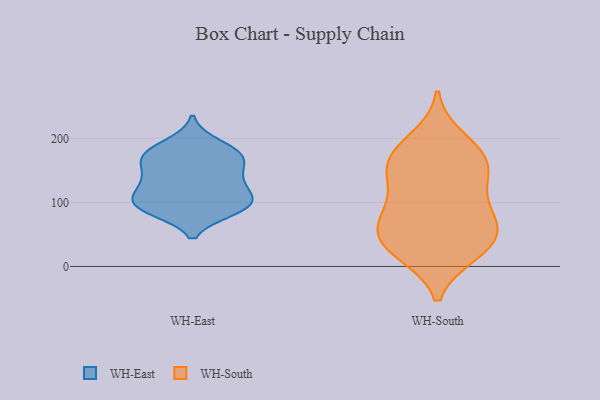
{"axis": {"x": "Market Share (%)", "y": "Value"}, "legend": ["WH-East", "WH-South"], "data": [{"x": "", "y": 159, "type": "WH-East"}, {"x": "", "y": 88, "type": "WH-East"}, {"x": "", "y": 91, "type": "WH-East"}, {"x": "", "y": 191, "type": "WH-East"}, {"x": "", "y": 98, "type": "WH-East"}, {"x": "", "y": 122, "type": "WH-East"}, {"x": "", "y": 100, "type": "WH-East"}, {"x": "", "y": 178, "type": "WH-East"}, {"x": "", "y": 134, "type": "WH-East"}, {"x": "", "y": 166, "type": "WH-East"}, {"x": "", "y": 93, "type": "WH-East"}, {"x": "", "y": 125, "type": "WH-East"}, {"x": "", "y": 99, "type": "WH-East"}, {"x": "", "y": 173, "type": "WH-East"}, {"x": "", "y": 176, "type": "WH-East"}, {"x": "", "y": 141, "type": "WH-East"}, {"x": "", "y": 174, "type": "WH-South"}, {"x": "", "y": 21, "type": "WH-South"}, {"x": "", "y": 153, "type": "WH-South"}, {"x": "", "y": 177, "type": "WH-South"}, {"x": "", "y": 63, "type": "WH-South"}, {"x": "", "y": 117, "type": "WH-South"}, {"x": "", "y": 64, "type": "WH-South"}, {"x": "", "y": 199, "type": "WH-South"}, {"x": "", "y": 32, "type": "WH-South"}, {"x": "", "y": 104, "type": "WH-South"}, {"x": "", "y": 37, "type": "WH-South"}, {"x": "", "y": 74, "type": "WH-South"}, {"x": "", "y": 157, "type": "WH-South"}, {"x": "", "y": 149, "type": "WH-South"}, {"x": "", "y": 65, "type": "WH-South"}, {"x": "", "y": 22, "type": "WH-South"}]}